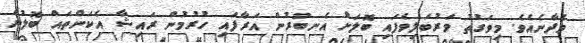
ވެދާނެއެވެ. މިވަގުތު ވަރުބަލިވެފައި ބޮލަށް އެނބުރުން އަރާފައި ހުރުމުން ރައިޝާ އެކަންތައް ބޮލުން